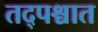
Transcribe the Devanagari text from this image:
तद्पश्चात